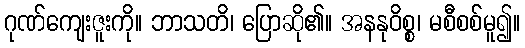
ဂုဏ်ကျေးဇူးကို။ ဘာသတိ၊ ပြောဆို၏။ အနနုဝိစ္စ၊ မစီစစ်မူ၍။